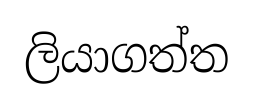
ලියාගත්ත